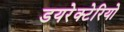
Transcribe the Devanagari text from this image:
डयरेक्टेरियो